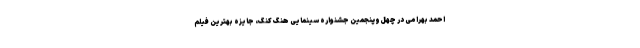
احمد بهرامی در چهل‌وپنجمین جشنواره سینمایی هنگ کنگ، جایزه بهترین فیلم